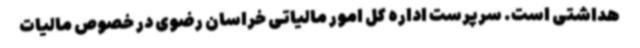
هداشتی است. سرپرست اداره کل امور مالیاتی خراسان رضوی در خصوص مالیات